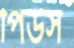
পিউস